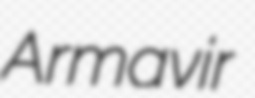
Armavir